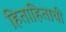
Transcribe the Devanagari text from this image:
हिताहिताची